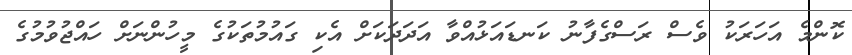
ކޮންމެ އަހަރަކު ވެސް ރަސްގެފާނު ކަނޑައަޅުއްވާ އަދަދަކަށް އެކި ގައުމުތަކުގެ މީހުންނަށް ހައްޖުވުމުގެ